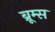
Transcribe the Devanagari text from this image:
ब्रूम्स